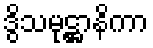
ဒွိသမုဋ္ဌာနိကာ